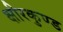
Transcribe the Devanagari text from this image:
क्षीरकुण्ड